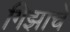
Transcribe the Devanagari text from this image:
गिझाचे